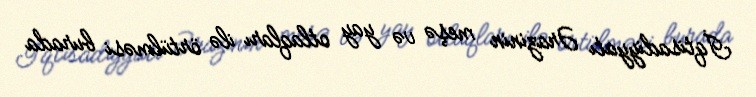
İqtisadiyyatı Ərazinin meşə və yay otlaqları ilə örtülməsi burada